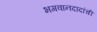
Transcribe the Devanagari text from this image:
भगवानदादांची